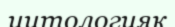
цитологияқ